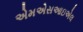
એમએસઆઇએલ